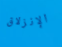
الإنزلاق